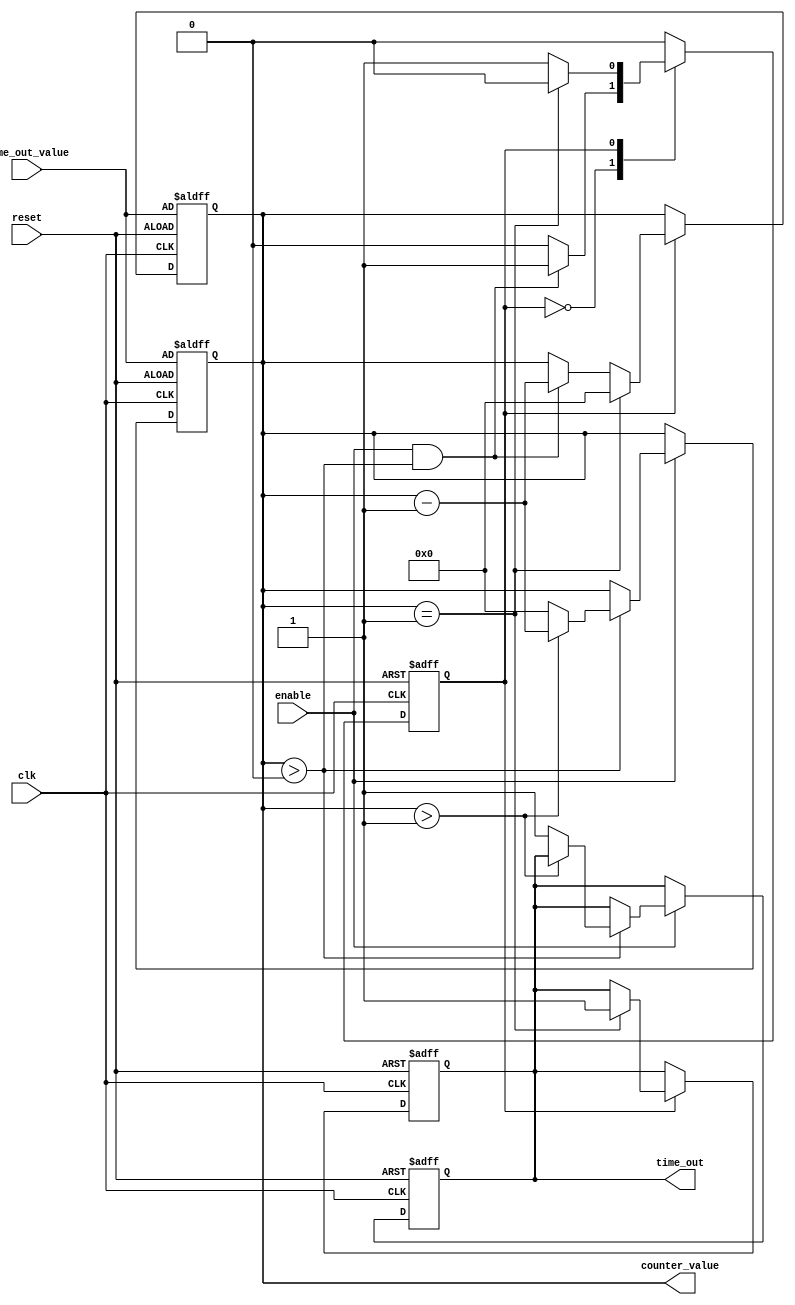
module timeout_counter (
    input wire clk,                // Clock signal
    input wire reset,              // Active-high reset signal
    input wire enable,             // Active-high enable signal
    input wire [31:0] time_out_value, // Time-Out Value (assuming 32-bit width)
    output reg time_out,           // Active-high Time-Out signal
    output reg [31:0] counter_value // Current counter value
);

// State declaration
localparam IDLE = 1'b0;
localparam COUNTING = 1'b1;

reg current_state, next_state;

// Always block for handling counter logic
always @(posedge clk or posedge reset) begin
    if (reset) begin
        counter_value <= time_out_value; // Initialize counter to the time_out_value
        time_out <= 1'b0;                // Deassert time_out signal
        current_state <= IDLE;           // Reset state
    end else begin
        case (current_state)
            IDLE: begin
                // Move to counting state if enabled and counter is not at zero
                if (enable && (counter_value > 0)) begin
                    current_state <= COUNTING;
                end
            end
            
            COUNTING: begin
                if (enable && (counter_value > 0)) begin
                    counter_value <= counter_value - 1; // Decrement counter
                end
                // If counter reaches zero
                if (counter_value == 1) begin
                    counter_value <= 0;           // Set counter to zero
                    time_out <= 1'b1;             // Assert time_out signal
                    current_state <= IDLE;        // Go back to idle state
                end
            end
            
            default: current_state <= IDLE; // Default to IDLE
        endcase
    end
end

// Always block for handling counter reset and hold functionality
always @(posedge clk or posedge reset) begin
    if (reset) begin
        counter_value <= time_out_value; // Initialize counter value on reset
        time_out <= 1'b0;                // Deassert time_out signal
    end else if (enable) begin
        // Continue counting only if enable is high
        if (counter_value > 0) begin
            // Counter decrements each clock cycle when enabled
            if (counter_value > 1) begin
                counter_value <= counter_value - 1;
            end else begin
                counter_value <= 0;         // Prevent going below zero
                time_out <= 1'b1;           // Assert time_out signal
            end
        end
    end
end

endmodule